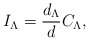
\begin{align*}I_{\Lambda}={d_{\Lambda}\over d}C_{\Lambda},\end{align*}